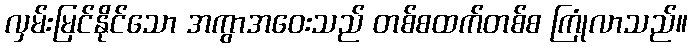
လှမ်းမြင်နိုင်သော အကွာအဝေးသည် တစ်စထက်တစ်စ ကြုံလာသည်။